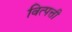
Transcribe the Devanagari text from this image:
वित्पत्ती